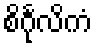
စိင်္ဂုလိကံ